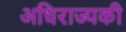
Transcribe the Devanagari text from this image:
अधिराज्यकी